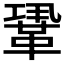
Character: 𩊳